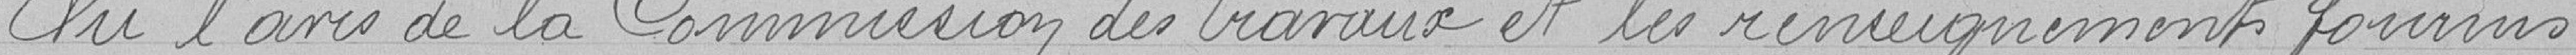
Vu l'avis de la Commission des travaux et les renseignements fournis